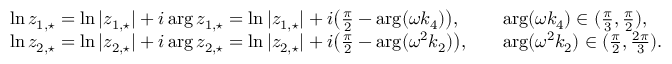
\begin{array} { r l r l } & { \ln z _ { 1 , \star } = \ln | z _ { 1 , \star } | + i \arg z _ { 1 , \star } = \ln | z _ { 1 , \star } | + i \big ( \frac { \pi } { 2 } - \arg ( \omega k _ { 4 } ) \big ) , } & & { \arg ( \omega k _ { 4 } ) \in ( \frac { \pi } { 3 } , \frac { \pi } { 2 } ) , } \\ & { \ln z _ { 2 , \star } = \ln | z _ { 2 , \star } | + i \arg z _ { 2 , \star } = \ln | z _ { 2 , \star } | + i \big ( \frac { \pi } { 2 } - \arg ( \omega ^ { 2 } k _ { 2 } ) \big ) , } & & { \arg ( \omega ^ { 2 } k _ { 2 } ) \in ( \frac { \pi } { 2 } , \frac { 2 \pi } { 3 } ) . } \end{array}